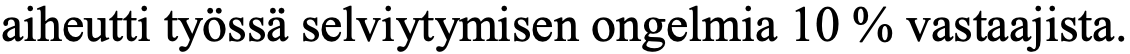
aiheutti työssä selviytymisen ongelmia 10 % vastaajista.